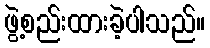
ဖွဲ့စည်းထားခဲ့ပါသည်။